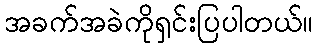
အခက်အခဲကိုရှင်းပြပါတယ်။